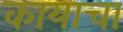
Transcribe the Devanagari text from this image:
कायाचा